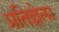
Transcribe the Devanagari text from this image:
प्रतिज्ञेला